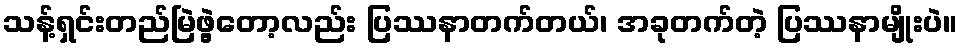
သန့်ရှင်းတည်မြဲဖွဲ့တော့လည်း ပြဿနာတက်တယ်၊ အခုတက်တဲ့ ပြဿနာမျိုးပဲ။